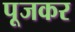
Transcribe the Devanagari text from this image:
पूजकर